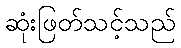
ဆုံးဖြတ်သင့်သည်